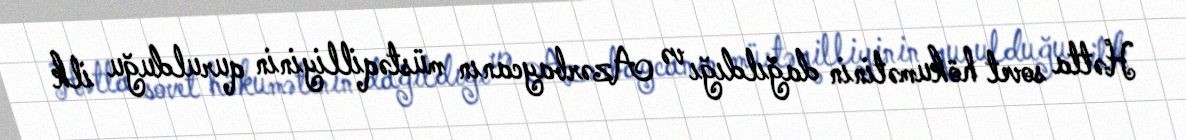
Hətta sovet hökumətinin dağıldığı və Azərbaycanın müstəqilliyinin qurulduğu ilk